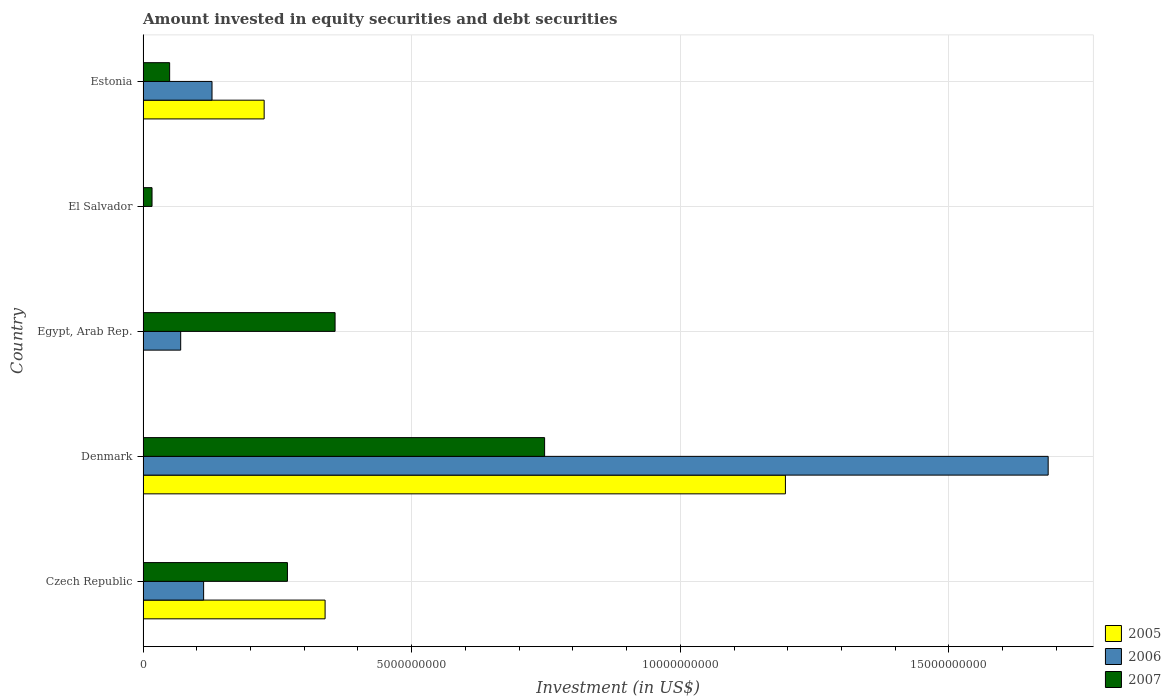
| Country | 2005 | 2006 | 2007 |
 | --- | --- | --- | --- |
 | Czech Republic | 3.39e+09 | 1.13e+09 | 2.69e+09 |
 | Denmark | 1.2e+10 | 1.68e+10 | 7.47e+09 |
 | Egypt, Arab Rep. | -3.47e+09 | 7e+08 | 3.57e+09 |
 | El Salvador | -1.25e+08 | -7.65e+08 | 1.67e+08 |
 | Estonia | 2.25e+09 | 1.28e+09 | 4.95e+08 |